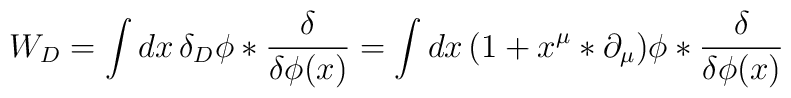
W_D=\int dx\,\delta_D\phi*{\delta\over\delta\phi(x)}= \int dx\,(1+x^\mu*\partial_\mu)\phi*{\delta\over\delta\phi(x)}